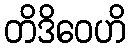
တိဒိဝေဟိ